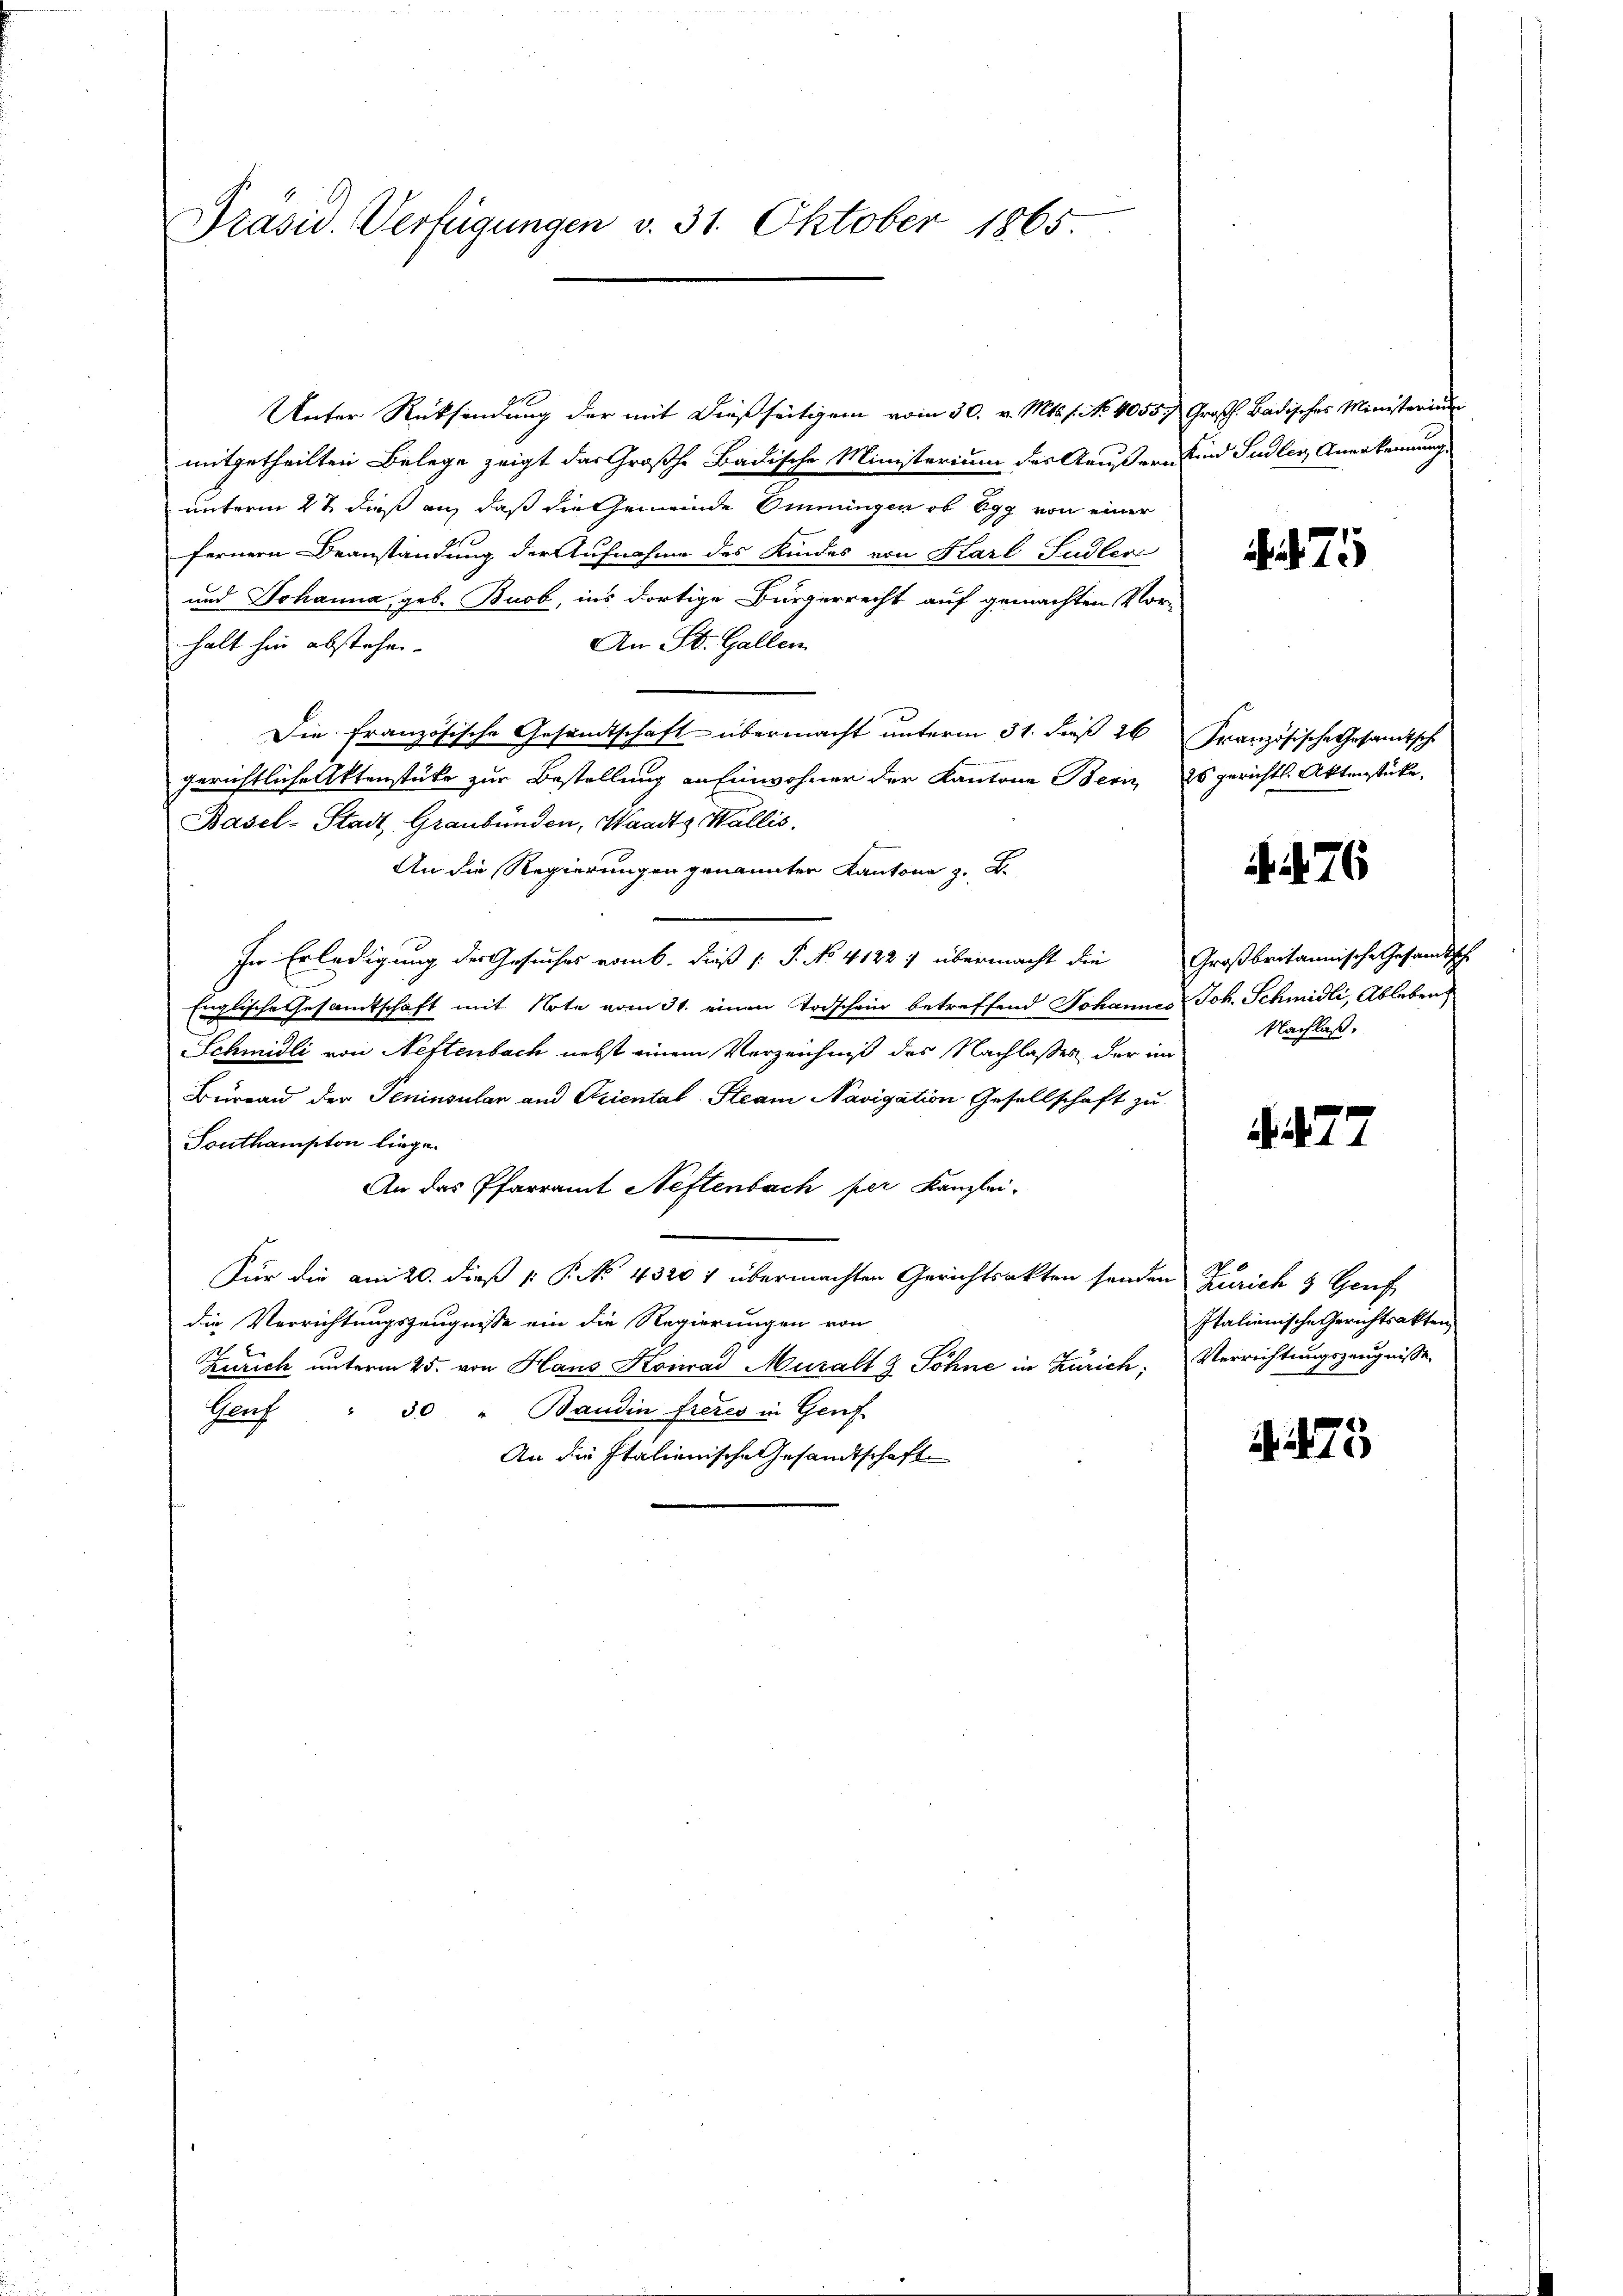
Präsid. Verfügungen v. 31. Oktober 1865.

Unter Rücksendung der mit dießseitigem vom 30. v. Mts. f. No. 40557 Großh. Badisches Ministerium
mitgetheilten Belege zeigt das Großh. Badische Ministerium des Aeußern und Sudler, Anerkennung
unterm 2t dieß an, daß die Gemeinde Omningen ob Egg von einer
fernern Beanstandung der Aufnahme des Kindes von Karl Sudleri
und Johanna geb. Buob, ins dortige Bürgerrecht auf gemachten Vor-
An St. Gallen
halt hin abstehen.
Die französische Gesandtschaft übermacht unterm 31. dieß 26 Französische Gesandtsche
gerichtliche Aktenstüke zur Bestellung an Einwohner der Kantone Bern es gerichts. Aktenstücke,
Basel-Stadt, Graubünden, Waadt, Wallis.
An die Regierungen genannten Kantone z. B.
In Erledigung des Gesuches vom 6. dieß (: P. No. 4122 1 übermacht die Großbritannische Gesandtsch
Englische Gesamtschaft mit Note vom 31. einen Todschein betreffend Johannes Joh. Schmidli, Ableben
Schmidli von Neftenbach nebst einem Verzeichniß des Nachlasses der im
Büreau der Peninsular und Oriental-Steam Navigation Gesellschaft zu
Southampton liege.
An das Pfarramt Neftenbach per Kanzlei-
Für die am 20. dieß P. P. No. 43201 übermachten Gerichtsakten senden Zürich 3 Genf
die Verrichtungszeugnisse ein die Regierungen von
Zürich unterm 25. von Haus Konrad Muralt & Söhne in Zürich; Verrichtungszeugnisse
Genf " 30 " Baudin freies in Genf
An die Italienische Gesandtschaft

.75

A 476

Nachlaß.

. 27

Italienische Gerichtsakten

. 475